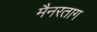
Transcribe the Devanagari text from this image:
मैनरताग